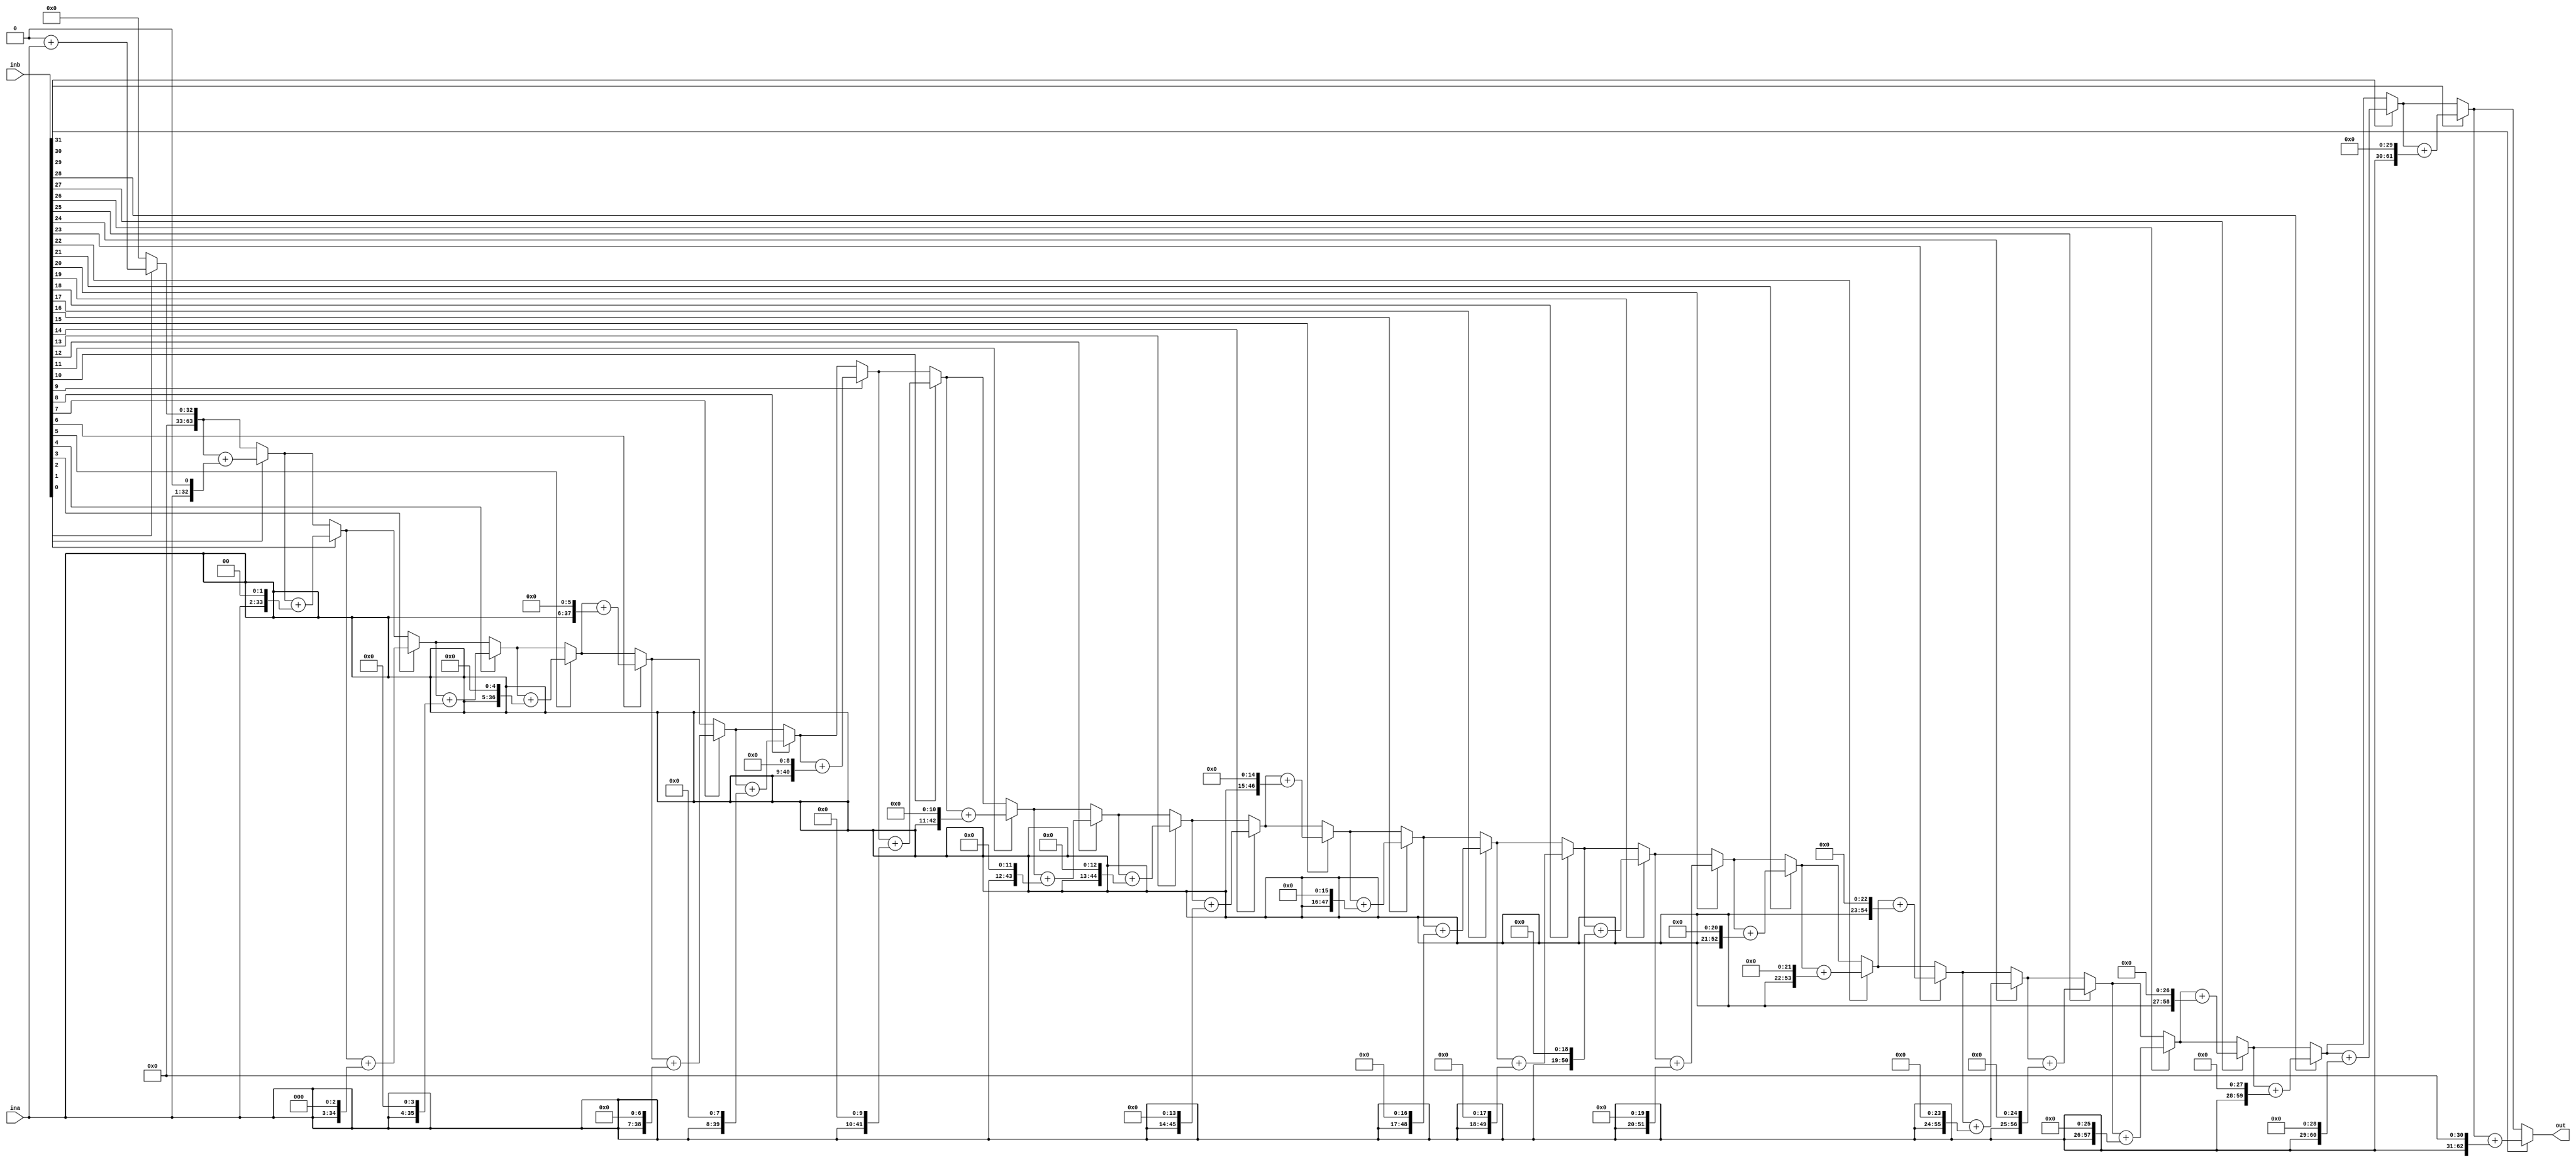


//??32
module unsigned_multi32(
    input [31:0] ina, inb,
    output reg [63:0] out
);

    integer i;
    reg [63:0] shifta;
    reg [31:0] shiftb;
    always @(ina or inb) begin
        shifta = ina;
        shiftb = inb;
        out = 0;
        for (i = 0; i < 32; i = i + 1) begin
            if(shiftb[0])
                out = out + shifta;
            else
                out = out;

            shifta = shifta << 1;
            shiftb = shiftb >> 1;
        end
    end

endmodule

//4
module CLA_4(
    input [3:0] a, b,      // 4??
    input cin,             //  
    output [3:0] sum,      // 4
    output cout           // 
);
    wire [3:0] p, g;      // ??
    wire [2:0] c;         // 
    // ??
    assign p[0] = a[0] ^ b[0]; 
    assign g[0] = a[0] & b[0];
    assign p[1] = a[1] ^ b[1];
    assign g[1] = a[1] & b[1]; 
    assign p[2] = a[2] ^ b[2];  
    assign g[2] = a[2] & b[2];
    assign p[3] = a[3] ^ b[3];
    assign g[3] = a[3] & b[3];

    // ??  
    assign c[0] = g[0] | (p[0] & cin);

    // ??
    assign c[1] = g[1] | (p[1] & g[0]) | (p[1] & p[0] & cin);  

    // ?? 
    assign c[2] = g[2] | (p[2] & g[1]) | (p[2] & p[1] & g[0]) | 
                (p[2] & p[1] & p[0] & cin);

    // ????          
    assign cout = g[3] | (p[3] & g[2]) | (p[3] & p[2] & g[1]) | 
                (p[3] & p[2] & p[1] & g[0]) | (p[3] & p[2] & p[1] & p[0] & cin);
                
    //         
    assign sum[0] = p[0] ^ cin; 
    assign sum[1] = p[1] ^ c[0];
    assign sum[2] = p[2] ^ c[1];
    assign sum[3] = p[3] ^ c[2]; 

endmodule

//16
module CLA_16(
    input [15:0] a, b,    // 16??
    input cin,            // 
    output [15:0] sum,    // 16
    output cout          // 
);
    wire [3:0] c;         // 

    CLA_4 add1(.a(a[3:0]), .b(b[3:0]), .cin(cin), .sum(sum[3:0]), .cout(c[0]));
    CLA_4 add2(.a(a[7:4]), .b(b[7:4]), .cin(c[0]), .sum(sum[7:4]), .cout(c[1]));
    CLA_4 add3(.a(a[11:8]), .b(b[11:8]), .cin(c[1]), .sum(sum[11:8]), .cout(c[2]));
    CLA_4 add4(.a(a[15:12]), .b(b[15:12]), .cin(c[2]), .sum(sum[15:12]), .cout(cout));

endmodule

module CLA_64(
    input [63:0] a, b,    // 64??
    input cin,            // 
    output [63:0] sum,    // 64
    output cout          // 
);
    wire [15:0] c;         // 

    CLA_16 add1(.a(a[15:0]), .b(b[15:0]), .cin(cin), .sum(sum[15:0]), .cout(c[0]));
    CLA_16 add2(.a(a[31:16]), .b(b[31:16]), .cin(c[0]), .sum(sum[31:16]), .cout(c[1]));
    CLA_16 add3(.a(a[47:32]), .b(b[47:32]), .cin(c[1]), .sum(sum[47:32]), .cout(c[2]));
    CLA_16 add4(.a(a[63:48]), .b(b[63:48]), .cin(c[2]), .sum(sum[63:48]), .cout(cout));

endmodule